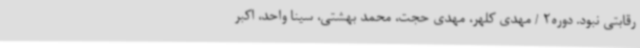
رقابتی نبود. دوره2 / مهدی کلهر، مهدی حجت، محمد بهشتی، سینا واحد، اکبر